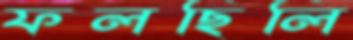
ফলছিলি